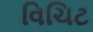
વિચિટ